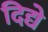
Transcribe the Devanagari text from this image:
दिद्ये